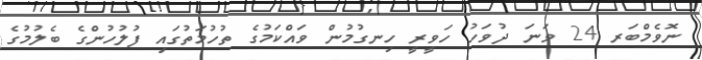
ނޮވެމްބަރ 24 ވަނަ ދުވަހު ހަވީރީ ހިނގުމުން ވައްކަމުގެ ތުހުމަތުގައި ފުލުހުންގެ ބެލުމުގެ